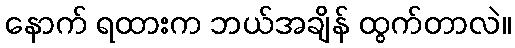
နောက် ရထားက ဘယ်အချိန် ထွက်တာလဲ။